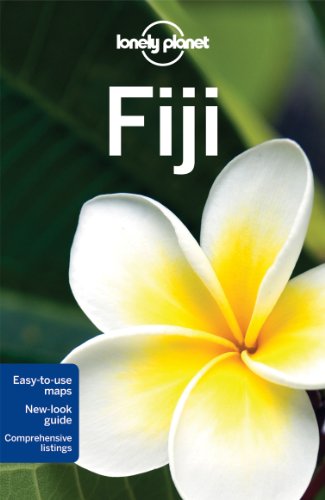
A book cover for Lonely Planet Fiji (Travel Guide); Lonely Planet; Sports & Outdoors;